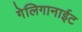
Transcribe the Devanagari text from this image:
गेलिगानाईट